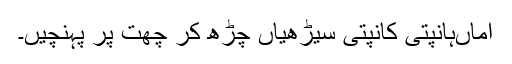
اماںہانپتی کانپتی سیڑھیاں چڑھ کر چھت پر پہنچیں۔